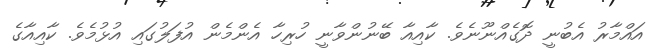
އައްމާރު އެބުނީ ދޮގެއްނޫނެވެ. ކާއިއާ ބޭނުންވާނީ ހުރިހާ އެންމެން އުފަލުގައި އުޅުމެވެ. ކާއިއާގެ